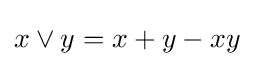
x\vee y=x+y-xy